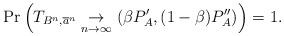
LaTeX: \begin{align*} \Pr\left(T_{B^n,\overline{a}^n} \underset{n \rightarrow \infty}{\rightarrow} (\beta P'_A, (1-\beta)P''_A) \right) = 1.\end{align*}